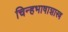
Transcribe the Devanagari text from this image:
चिन्हभाषाशास्त्र